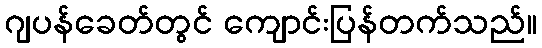
ဂျပန်ခေတ်တွင် ကျောင်းပြန်တက်သည်။